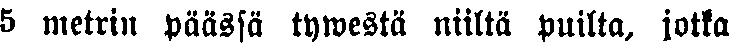
5 metrin päässä tywestä niiltä puilta, jotka